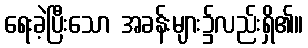
ရေးခဲ့ပြီးသော အခန်းများ၌လည်းရှိ၏။